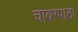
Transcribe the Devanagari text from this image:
चावरपाठा